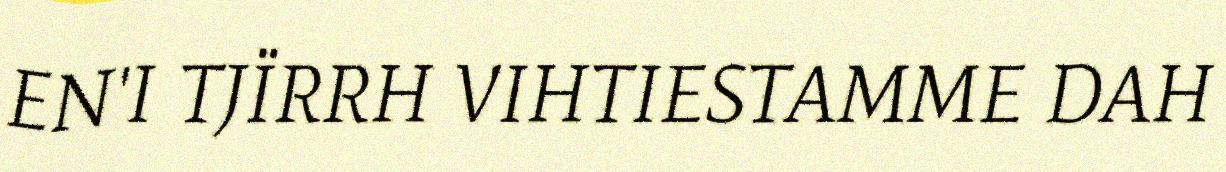
EN'I TJÏRRH VIHTIESTAMME DAH